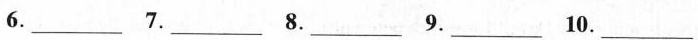
6.___ 7.___ 8.___ 9.___ 10.___